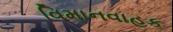
વિમાનવાહક